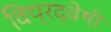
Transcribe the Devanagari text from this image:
विप्रद्वेषी